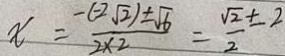
x = \frac { - ( - 2 \sqrt { 2 } ) \pm \sqrt { 6 } } { 2 \times 2 } = \frac { \sqrt { 2 } \pm 2 } { 2 }